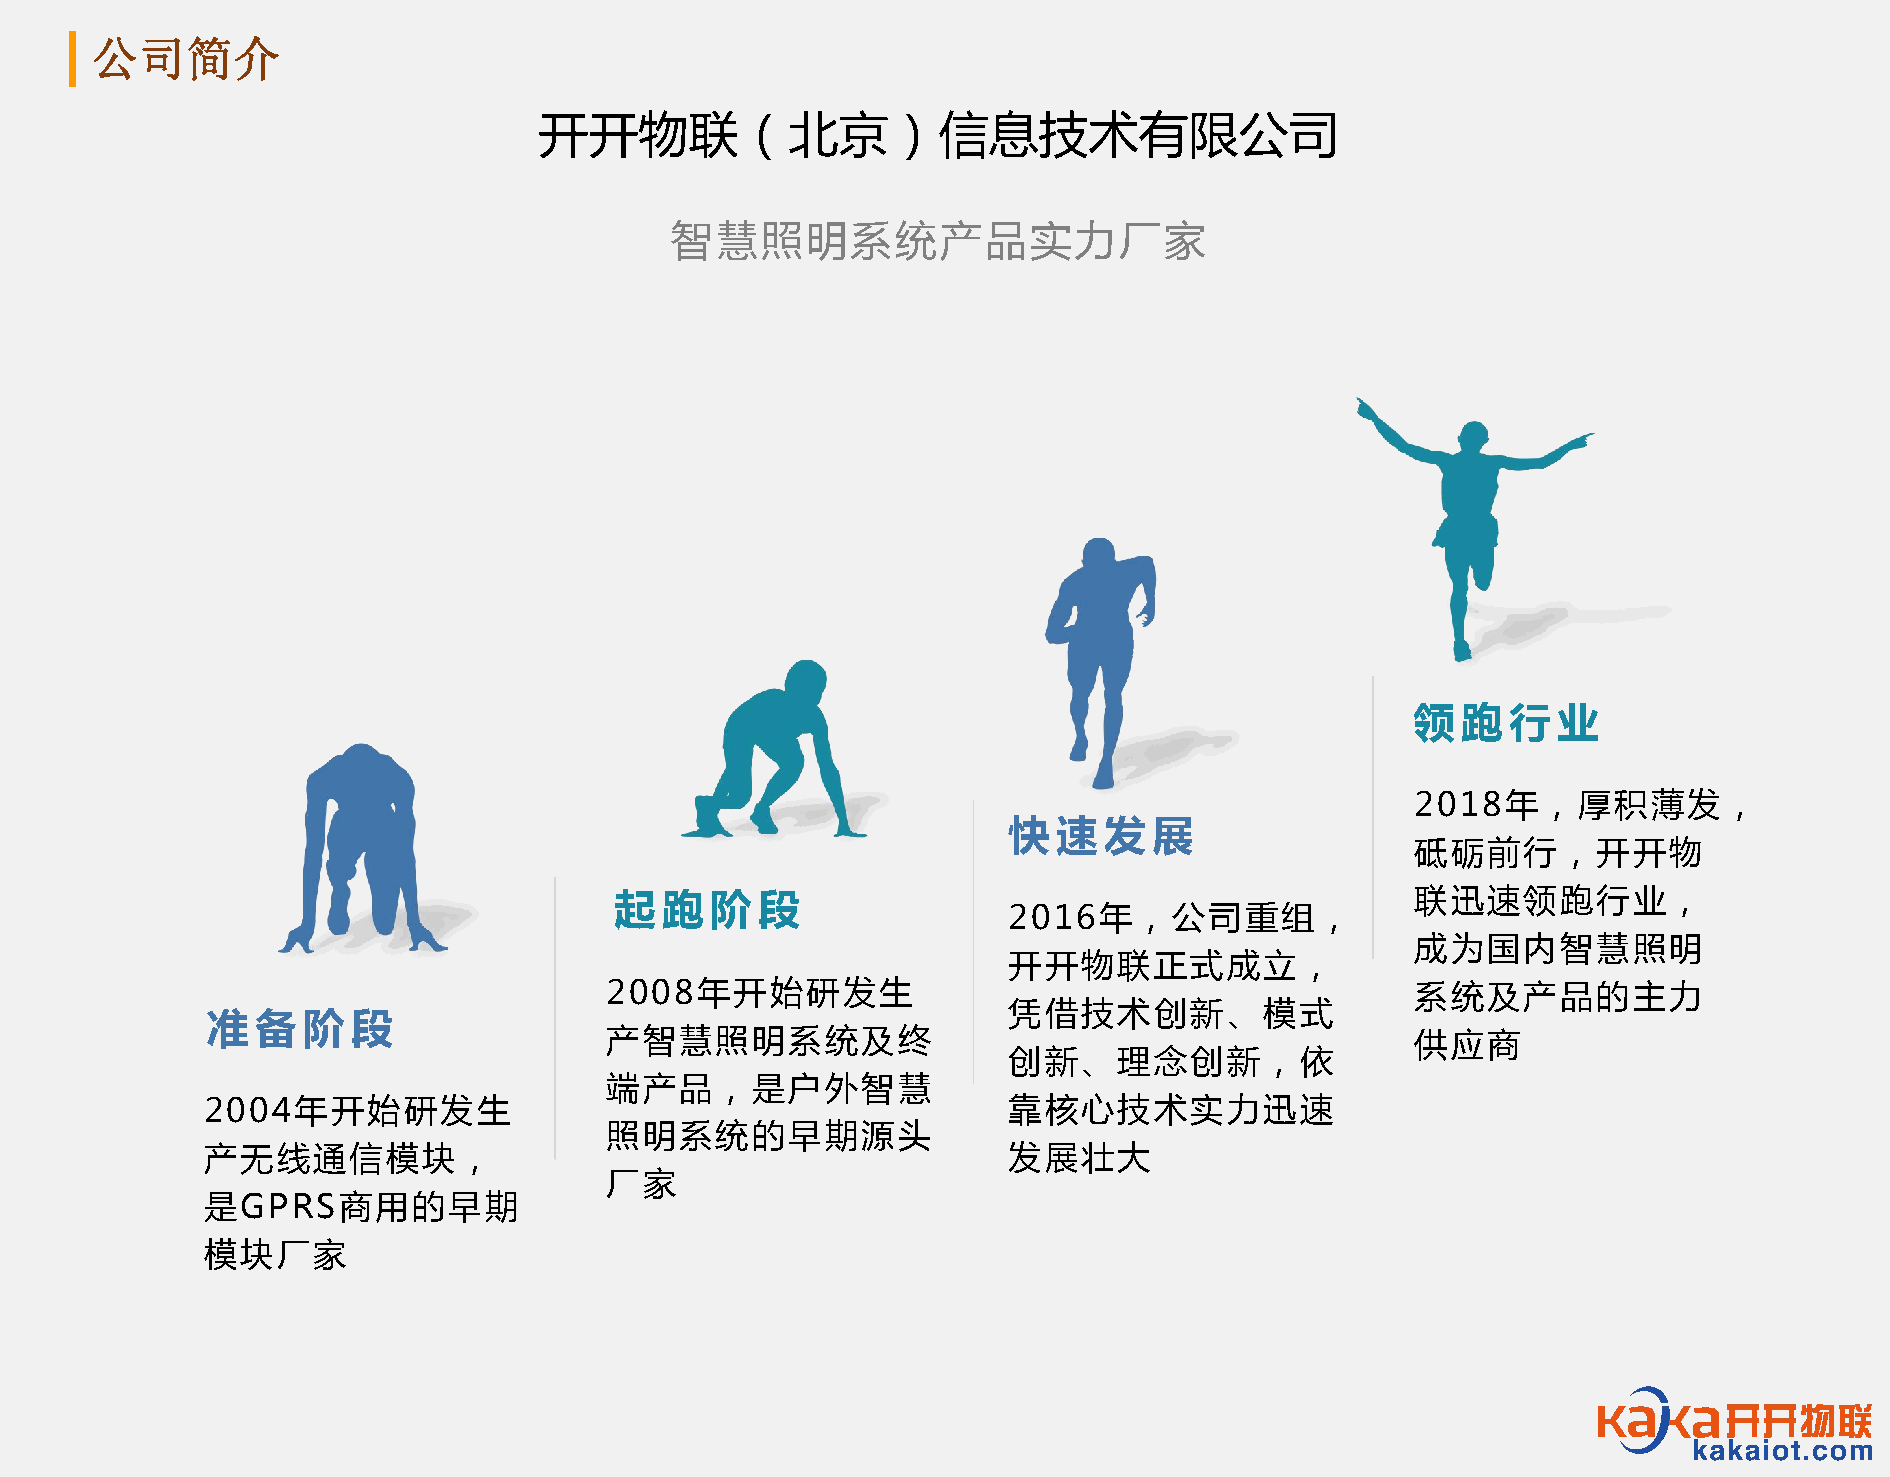
公司简介
 开开物联（北京）信息技术有限公司
 智慧照明系统产品实力厂家
 领跑行业
 2018年，厚积薄发，
 快速发展
 砥砺前行，开开物
 起跑阶段                                                 联迅速领跑行业，
 2016年，公司重组，
 成为国内智慧照明
 开开物联正式成立，
 2008年开始研发生                                            系统及产品的主力
 凭借技术创新、模式
 准备阶段
 产智慧照明系统及终                                             供应商
 创新、理念创新，依
 端产品，是户外智慧
 2004年开始研发生                                            靠核心技术实力迅速
 照明系统的早期源头
 产无线通信模块，                                              发展壮大
 厂家
 是GPRS商用的早期
 模块厂家